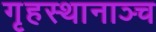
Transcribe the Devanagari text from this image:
गृहस्थानाञ्च